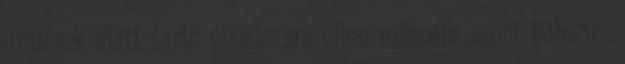
uralmuk alatt tartó phókisziak ellen második szent háború ,